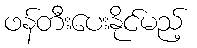
ဖန်တီးပေးနိုင်မည့်